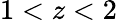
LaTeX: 1<z<2